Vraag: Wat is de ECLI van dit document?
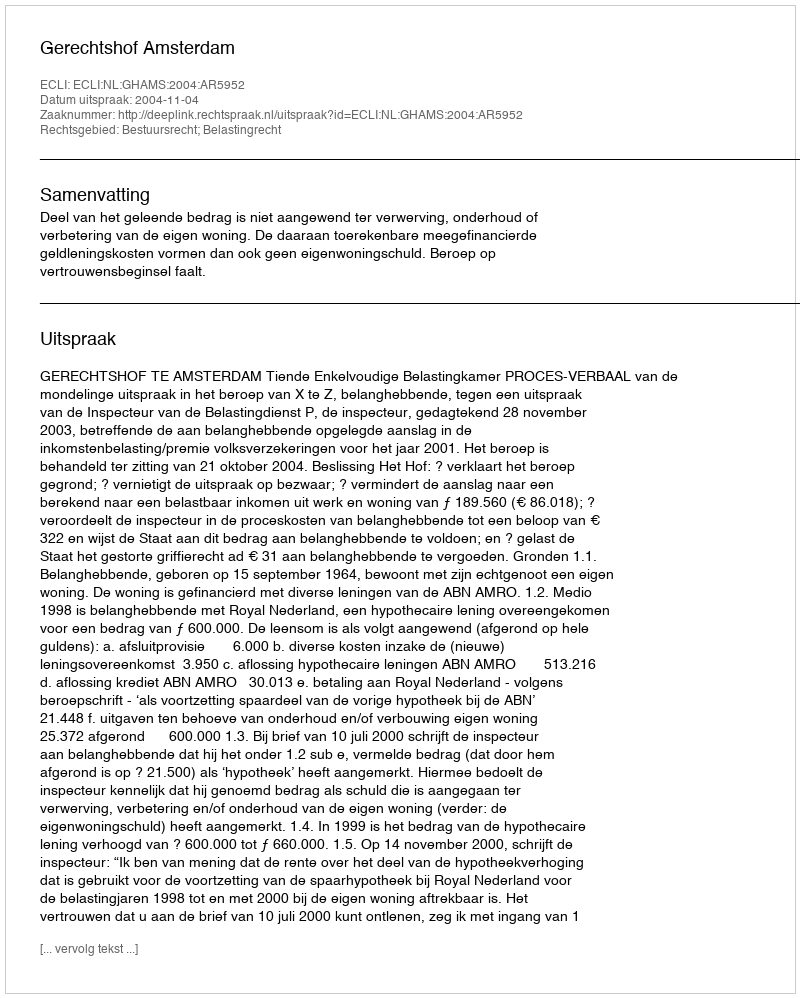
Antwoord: ECLI:NL:GHAMS:2004:AR5952